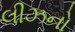
લીઝનો